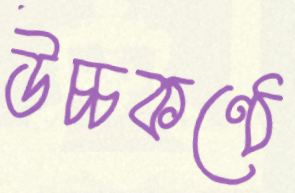
উচ্চকণ্ঠে